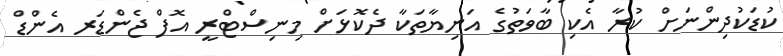
ކުޑަކުދިންނަށް ކުރާ އެކި ބާވަތުގެ އަނިޔާތަކާ ދެކޮޅަށް މިނިސްޓްރީ އޮފް ޖެންޑަރ އެންޑް